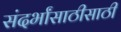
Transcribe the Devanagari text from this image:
संदर्भांसाठीसाठी